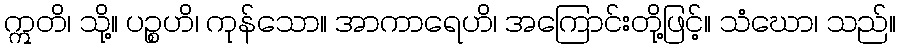
ဣတိ၊ သို့။ ပဉ္စဟိ၊ ကုန်သော။ အာကာရေဟိ၊ အကြောင်းတို့ဖြင့်။ သံဃော၊ သည်။